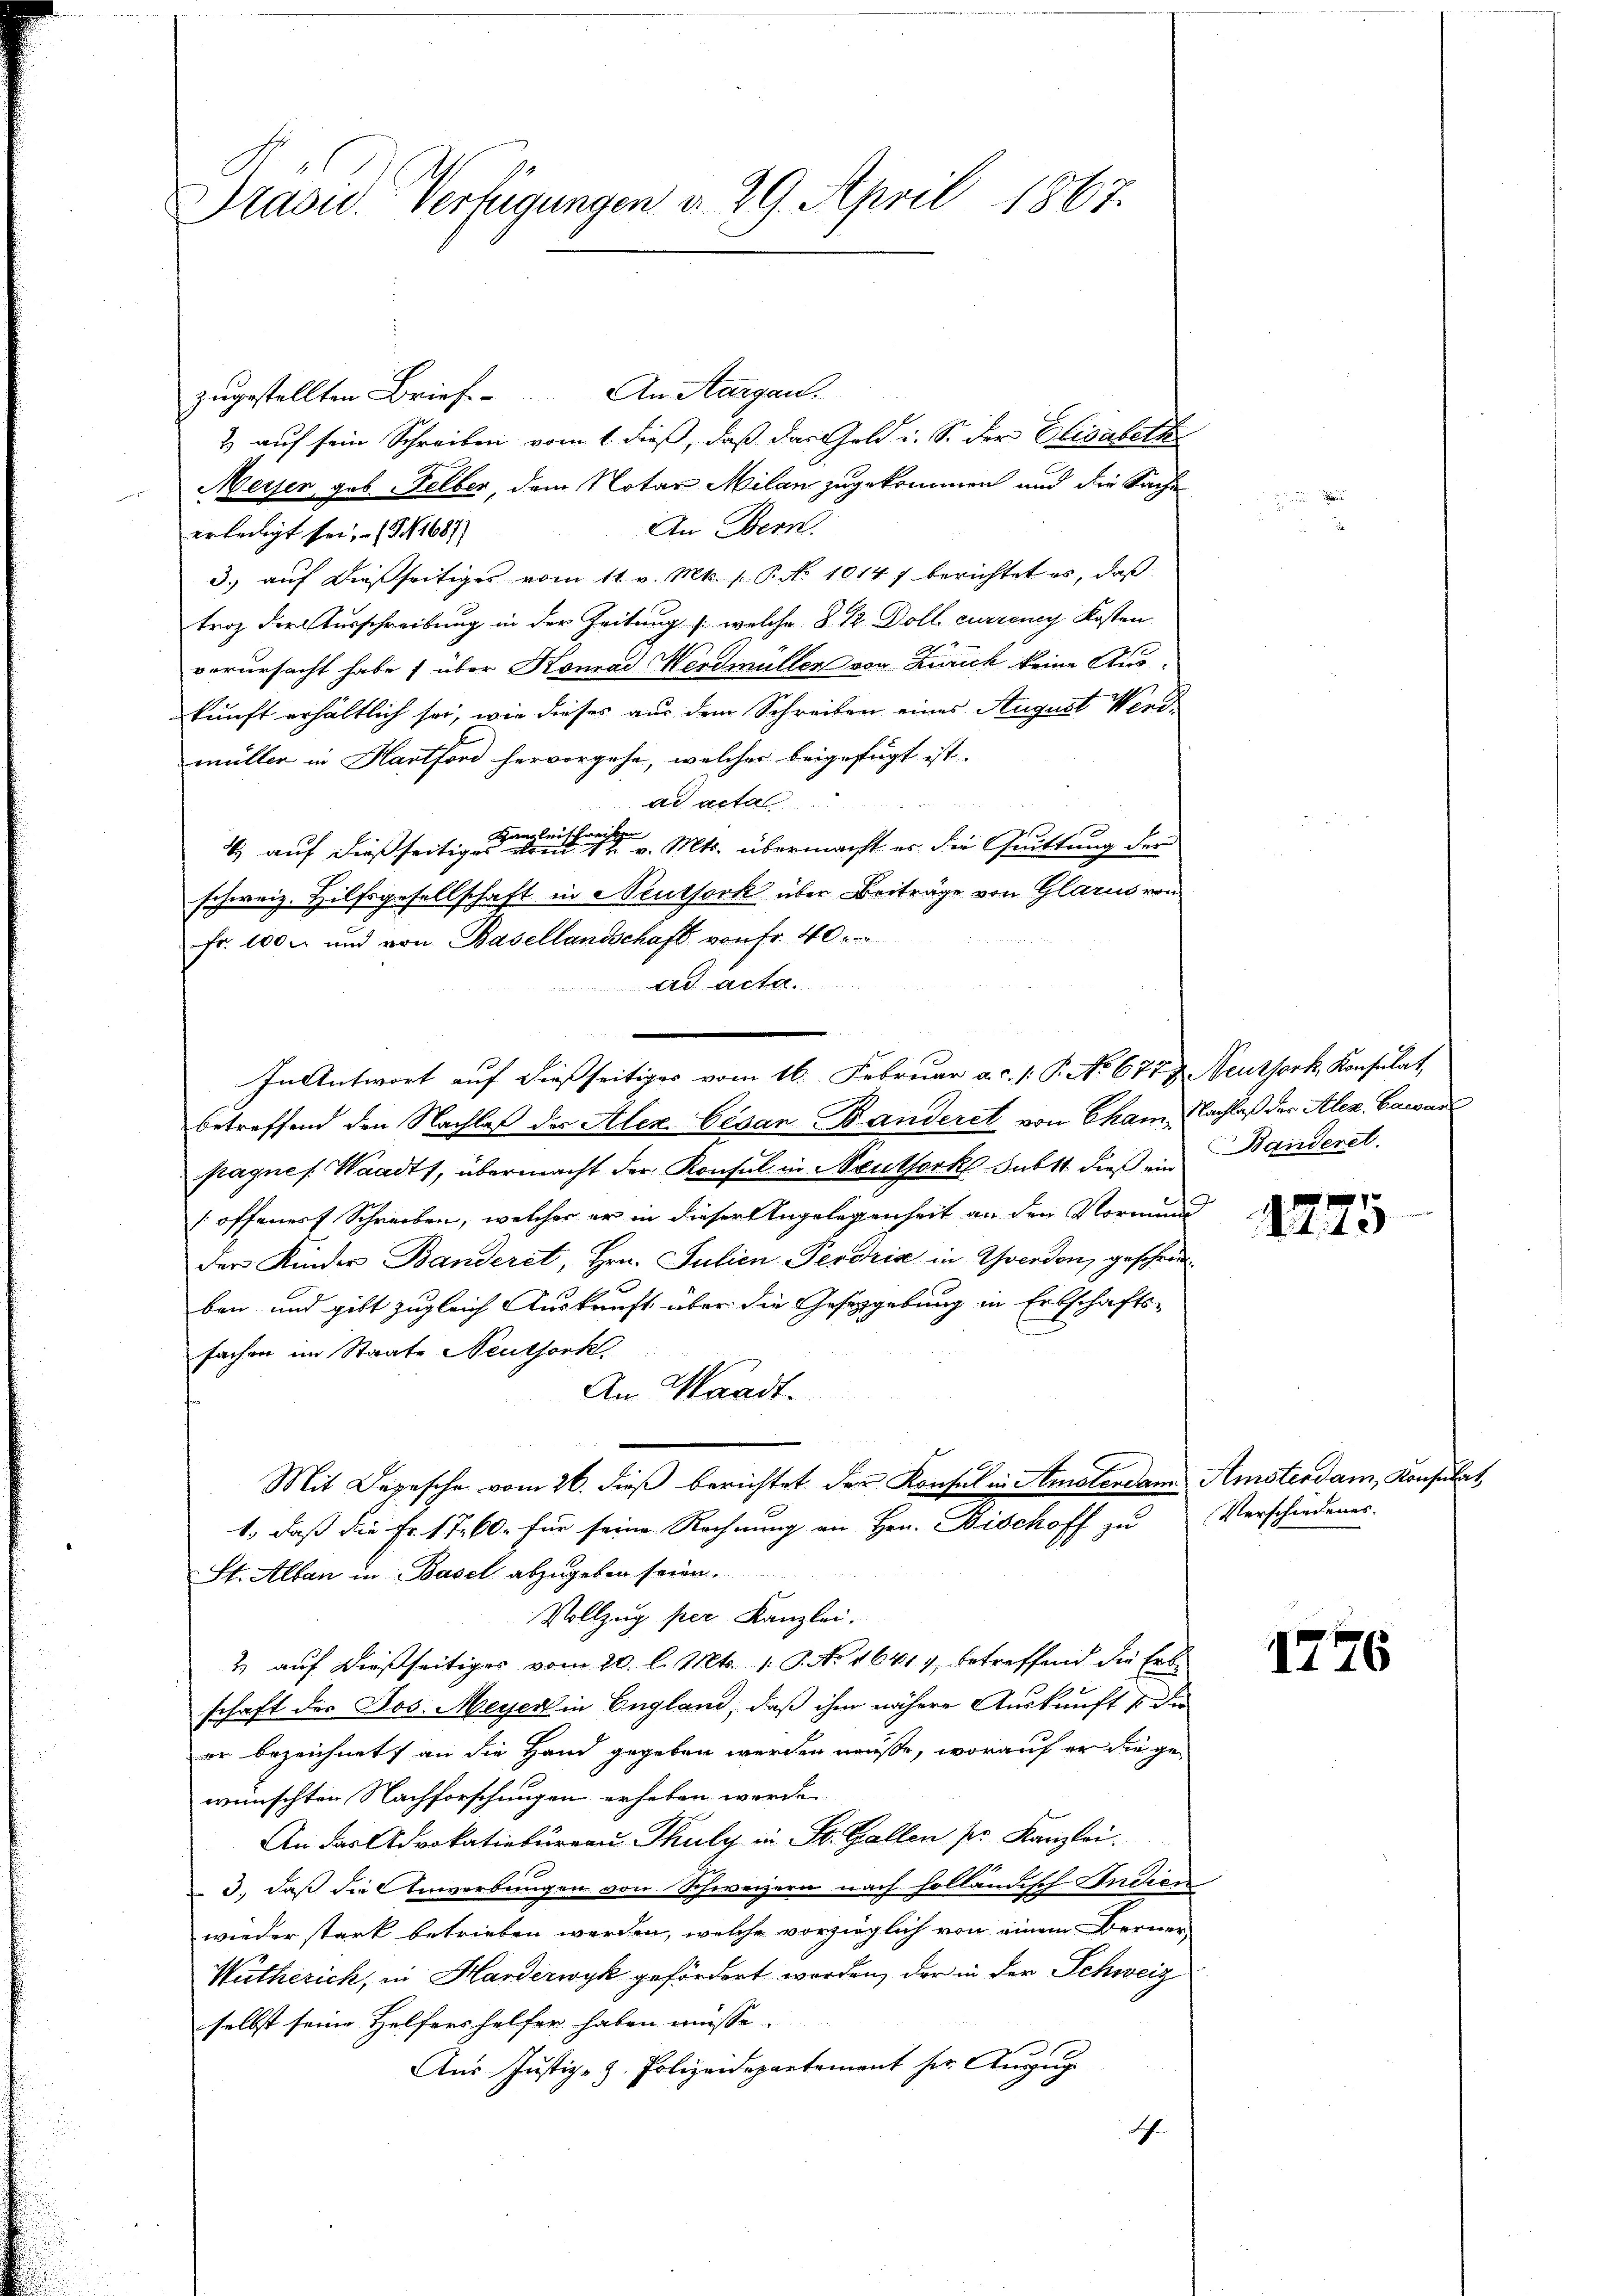
Präsid.. Verfügungen d. 29. April 1867.

zugestellten Brief. An Aargau.
2) auf sein Schreiben vom 1. dieß, daß das Geld u. So der Elisabeth
Meiser geb. Felber, dem Notar Milan zugekommen und die Sache
An Bern.
erledigt sei. (1687)
3. aŭf dießseitiges vom 11. v. Mts. 1. P. Nr. 1014 f berichtet es, daβ
troz der Ausschreibung in der Zeitung /: welche § 12 Doll curreng Kosten
verursacht habe, über Konrad Werdmüller von Zürich keine Auskunft erhältlich sei, wie dieses aus dem Schreiben eines August Werdmüller in Hartford hervorgehe, welches beigefügt ist.
ad acta
4 auf dießseitigen                    v. Mts. übermacht er die Grüttung der
schweiz. Hilfsgesellschaft in Neuthork über Beiträge von Glarus von
Fr. 100 l. und von Basellandschaft von Fr. 40
Art. Art
In Antwort auf dießseitiges vom 16. Februar a. 1. P. No 677, Neuthork, Konsulat,
betreffend den Nachlaß der Alex. Cesan-Banderet von Cham, Nachlaß der Alex Cawar
pagnes Waadt, übermacht der Konsul in Neuthork subst dieß ein Handeret.
offener Schreiben, welches er in dieser Angelegenheit an den Vormund
der Kinder Banderet, Hrn. Julien Perdria in Yverden, geschrieben und gibt zugleich Auskunft über die Gesetzgebung in Erbschafts-
fachen im Staate Neuthork.
An Waadt.
Mit Depesche vom 26. dieß berichtet der Konsul in Amstendam Amsterdam, Konsulat
1., daß die Fr. 1760. für seine Rechnung an Hrn. Bischoff zu Verschiedenes.
St. Alban in Basel abzugeben seien.
Vollzug per Kanzlei.
2 auf dießseitiges vom 20. l. Mts. 1. P. No 16414, betreffend die Erb-
schaft der Jos. Meyer in England, daß ihm nähere Auskunft & die
er bezeichnet, an die Hand gegeben werden müße, worauf er die ge-
wünschten Nachforschungen erheben worde
An das Advokativbüreau, Thuly in St. Gallen pr. Kanzlei.
3., daß die Anwerbungen von Schweizern nach holländisch Indien
wieder stark betrieben werden, welche vorzieglich von einem Berner,
Wütherich, in Handerwyk gefördert worden, der in der Schweiz
selbst seine Helfers helfer haben müsse.
Aus Justiz- & Polizeidepartement der Anzug
Ich

475

1776